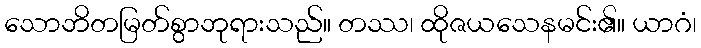
သောဘိတမြတ်စွာဘုရားသည်။ တဿ၊ ထိုဇယသေနမင်း၏။ ယာဂံ၊